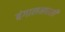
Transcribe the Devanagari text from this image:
बंगालमधली